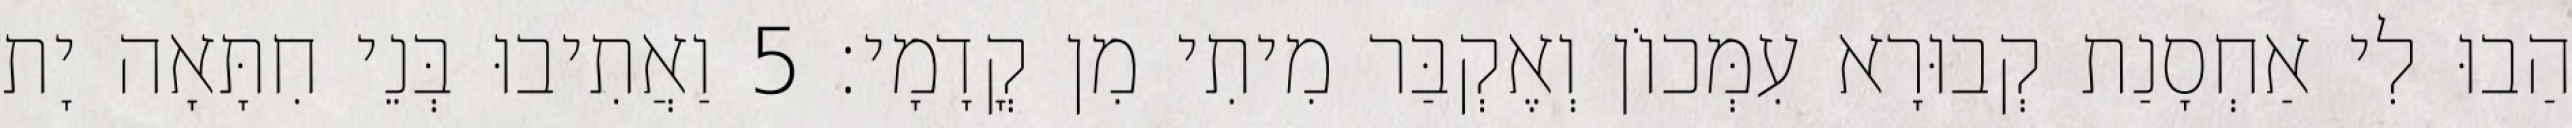
הַבוּ לִי אַחְסָנַת קְבוּרָא עִמְּכוֹן וְאֶקְבַּר מִיתִי מִן קֳדָמָי׃ 5 וַאֲתִיבוּ בְּנֵי חִתָּאָה יָת